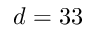
d = 3 3